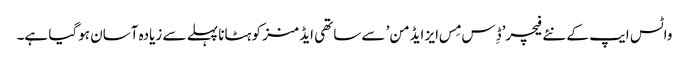
واٹس ایپ کے نئے فیچر’ڈِس مِس ایز ایڈمن’ سے ساتھی ایڈمنز کو ہٹانا پہلے سے زیادہ آسان ہوگیا ہے۔